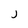
Character: j